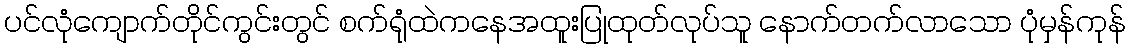
ပင်လုံကျောက်တိုင်ကွင်းတွင် စက်ရုံထဲကနေအထူးပြုထုတ်လုပ်သူ နောက်တက်လာသော ပုံမှန်ကုန်